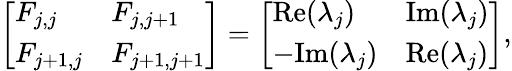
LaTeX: \left[\begin{array}{ll}{F_{j,j}}&{F_{j,j+1}}\\ {F_{j+1,j}}&{F_{j+1,j+1}}\end{array}\right]=\left[\begin{array}{ll}{\mathrm{Re}(\lambda_{j})}&{\mathrm{Im}(\lambda_{j})}\\ {-\mathrm{Im}(\lambda_{j})}&{\mathrm{Re}(\lambda_{j})}\end{array}\right],